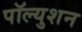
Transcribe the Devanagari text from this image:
पॉल्युशन